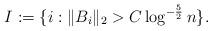
LaTeX: \begin{align*}I:=\{i: \Vert B_{i}\Vert_{2}>C\log^{-\frac{5}{2}}n\}.\end{align*}